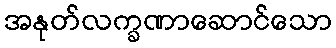
အနုတ်လက္ခဏာဆောင်သော